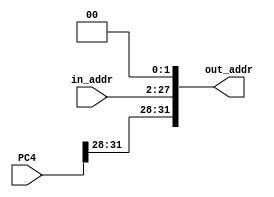
`timescale 1ns / 1ps
// moduleName: ALU
// fileName: ALU
// Here is a module :  Arithmetic and Logic Unit
// fuction : 

// 26bit address 32bit
// << 2, PC
// jar PC = (PC+4)[31:28]||target||'00'


module PCJUMP(
  	input [31:0] PC4,          // 
    input [25:0] in_addr,    // 
    output [31:0] out_addr   // ()
    );

  // out_addr = PC[31:28] + in_addr + 00
  // <= 
  	assign out_addr[31:28] = PC4[31:28];
    assign out_addr[27:2] = in_addr;
    assign out_addr[1:0] = 2'b00;

endmodule